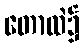
တောထဲ၌